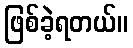
ဖြစ်ခဲ့ရတယ်။